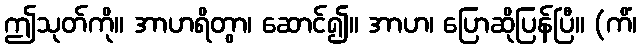
ဤသုတ်ကို။ အာဟရိတွာ၊ ဆောင်၍။ အာဟ၊ ပြောဆိုပြန်ပြီ။ (ကိံ၊